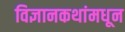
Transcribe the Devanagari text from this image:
विज्ञानकथांमधून